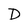
Character: D